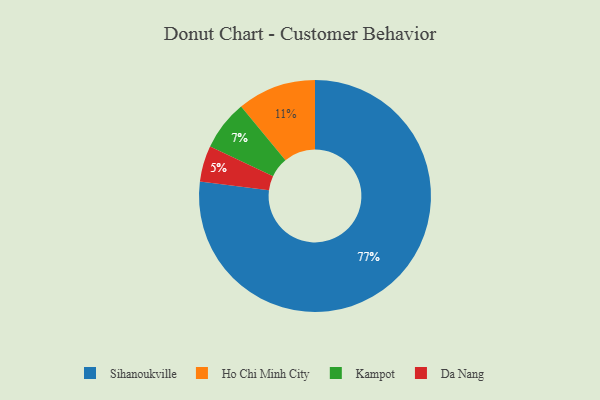
{"axis": {"x": "Category", "y": "Percentage"}, "legend": ["Da Nang", "Ho Chi Minh City", "Kampot", "Sihanoukville"], "data": [{"x": "Da Nang", "y": 5, "type": "Da Nang"}, {"x": "Kampot", "y": 7, "type": "Kampot"}, {"x": "Ho Chi Minh City", "y": 11, "type": "Ho Chi Minh City"}, {"x": "Sihanoukville", "y": 77, "type": "Sihanoukville"}]}